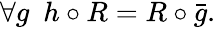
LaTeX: \begin{array}{r}{\forall g\ \ h\circ R=R\circ\bar{g}.}\end{array}